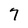
Character: 7